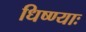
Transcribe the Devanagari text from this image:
धिष्ण्याः